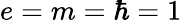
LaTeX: e=m=\hbar=1